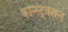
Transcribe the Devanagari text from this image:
कन्स्ट्रिक्शन